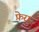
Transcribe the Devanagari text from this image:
फ़ेरा